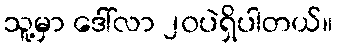
သူ့မှာ ဒေါ်လာ ၂၀ပဲရှိပါတယ်။